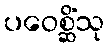
ပဝေစ္ဆိံသု